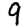
Digit: 9